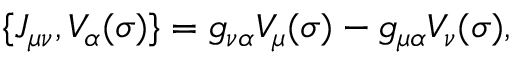
\{ J _ { \mu \nu } , V _ { \alpha } ( \sigma ) \} = g _ { \nu \alpha } V _ { \mu } ( \sigma ) - g _ { \mu \alpha } V _ { \nu } ( \sigma ) ,